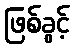
ဖြစ်ခွင့်